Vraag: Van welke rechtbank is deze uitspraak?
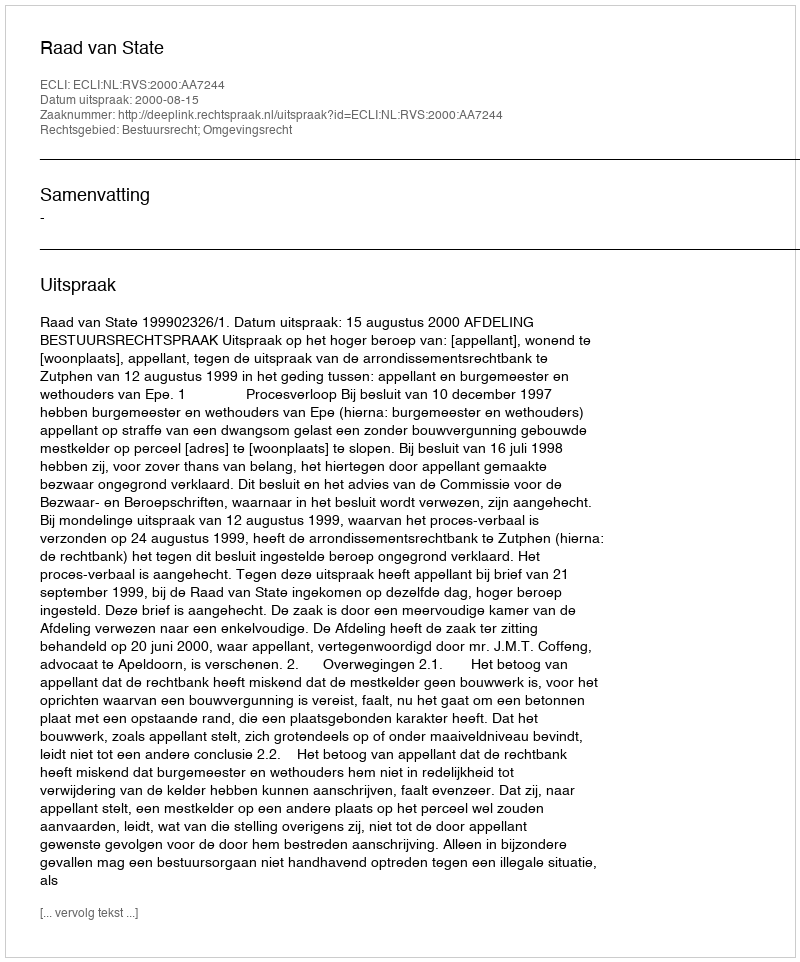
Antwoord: Raad van State